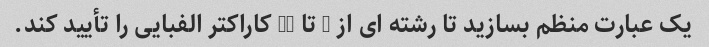
یک عبارت منظم بسازید تا رشته ای از 8 تا 30 کاراکتر الفبایی را تأیید کند.